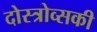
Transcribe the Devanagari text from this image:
दोस्त्रोव्सकी